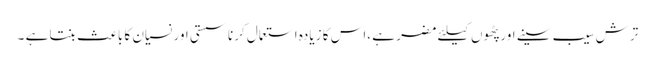
ترش سیب سینے اور پٹھوں کیلئے مضر ہے ،اس کا زیادہ استعمال کرنا سستی اور نسیان کا باعث بنتا ہے ۔